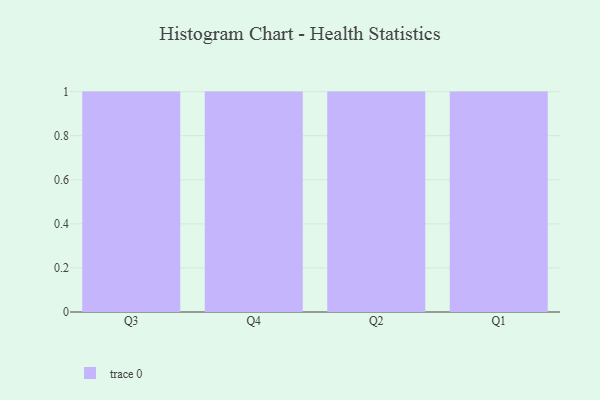
{"axis": {"x": "Quarter", "y": "Inventory Turnover"}, "legend": [""], "data": [{"x": "Q3", "y": 13, "type": ""}, {"x": "Q4", "y": 94, "type": ""}, {"x": "Q2", "y": 23, "type": ""}, {"x": "Q1", "y": 40, "type": ""}]}